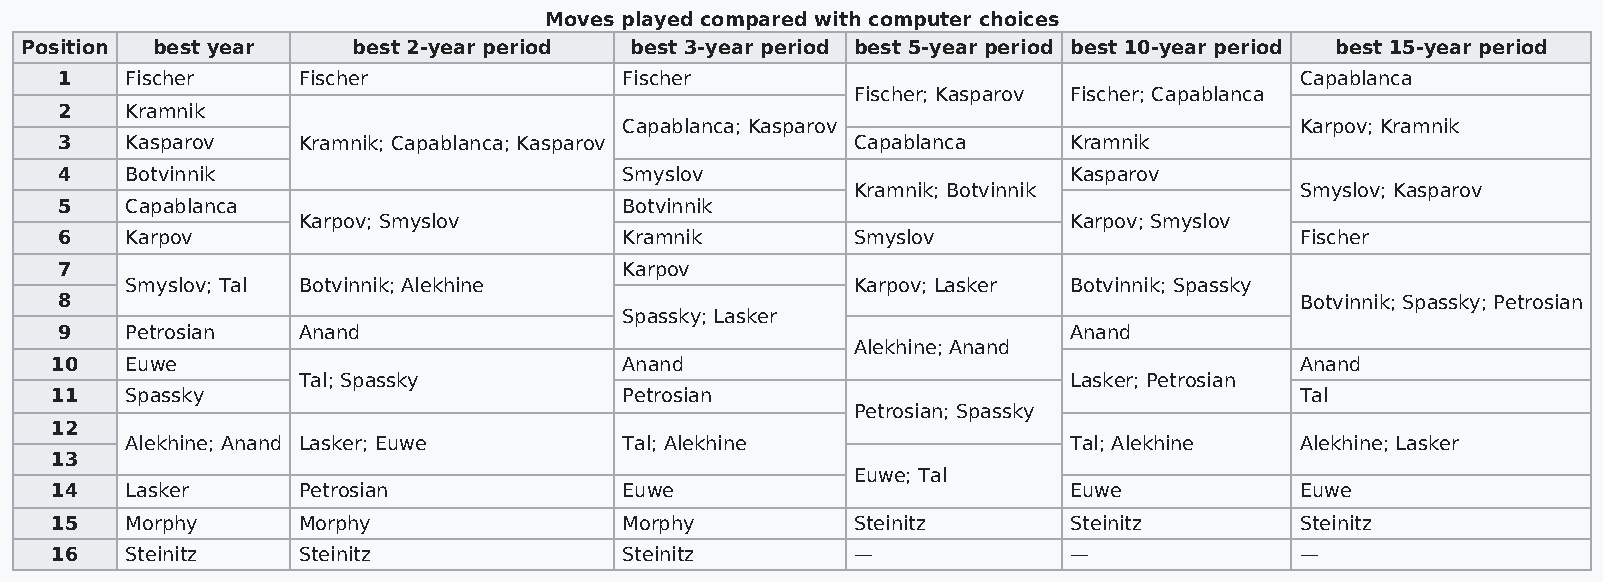
Moves played compared with computer choices
 Position best year    best 2-year period best 3-year period best 5-year period best 10-year period best 15-year period
 1   Fischer     Fischer              Fischer                                      Capablanca
 Fischer; Kasparov Fischer; Capablanca
 2   Kramnik
 Capablanca; Kasparov                         Karpov; Kramnik
 3   Kasparov    Kramnik; Capablanca; Kasparov       Capablanca     Kramnik
 4   Botvinnik                        Smyslov                       Kasparov
 Kramnik; Botvinnik            Smyslov; Kasparov
 5   Capablanca                       Botvinnik
 Karpov; Smyslov                                    Karpov; Smyslov
 6   Karpov                           Kramnik        Smyslov                       Fischer
 7                                    Karpov
 Smyslov; Tal Botvinnik; Alekhine                Karpov; Lasker Botvinnik; Spassky
 8                                                                                 Botvinnik; Spassky; Petrosian
 Spassky; Lasker
 9   Petrosian   Anand                                              Anand
 Alekhine; Anand
 10   Euwe                             Anand                                        Anand
 Tal; Spassky                                       Lasker; Petrosian
 11   Spassky                          Petrosian                                    Tal
 Petrosian; Spassky
 12
 Alekhine; Anand Lasker; Euwe     Tal; Alekhine                 Tal; Alekhine  Alekhine; Lasker
 13
 Euwe; Tal
 14   Lasker      Petrosian            Euwe                          Euwe           Euwe
 15   Morphy      Morphy               Morphy         Steinitz       Steinitz       Steinitz
 16   Steinitz    Steinitz             Steinitz       —              —              —